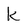
Character: k